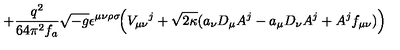
+ \frac { q ^ { 2 } } { 6 4 \pi ^ { 2 } f _ { a } } \sqrt { - g } \epsilon ^ { \mu \nu \rho \sigma } \! \Big ( V _ { \mu \nu } { } ^ { j } + \sqrt { 2 \kappa } ( a _ { \nu } D _ { \mu } A ^ { j } - a _ { \mu } D _ { \nu } A ^ { j } + A ^ { j } f _ { \mu \nu } ) \Big )